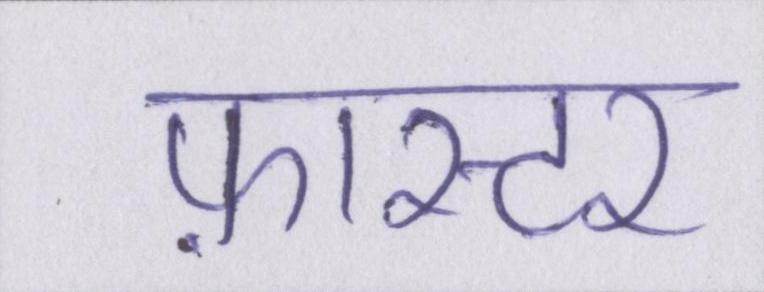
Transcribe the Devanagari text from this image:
फ़ास्टर